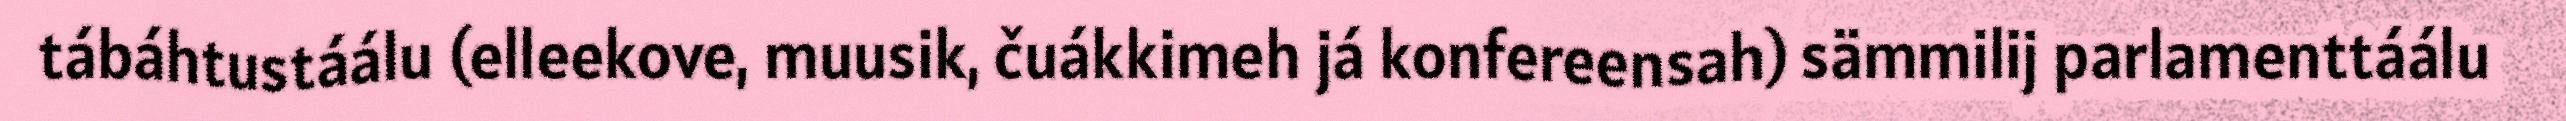
tábáhtustáálu (elleekove, muusik, čuákkimeh já konfereensah) sämmilij parlamenttáálu